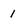
Character: 1